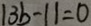
1 3 b - 1 1 = 0